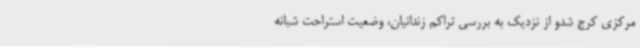
مرکزی کرج شدو از نزدیک به بررسی تراکم زندانیان، وضعیت استراحت شبانه